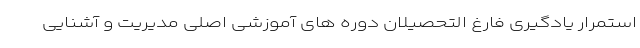
استمرار یادگیری فارغ التحصیلان دوره های آموزشی اصلی مدیریت و آشنایی